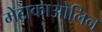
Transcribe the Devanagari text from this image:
मेटाकाओलिन